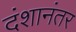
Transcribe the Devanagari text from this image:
दंशानंतर